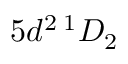
5 d ^ { 2 } \, ^ { 1 } D _ { 2 }